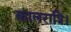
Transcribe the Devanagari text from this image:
कालरात्रि।